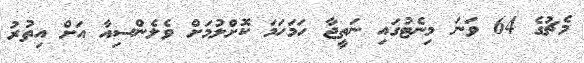
މެޗުގެ 64 ވަނަ މިނެޓުގައި ނަތީޖާ ހަމަހަމަ ކޮށްލުމަށް ވެލެންސިއާ އަށް އިތުރު